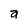
Character: a